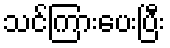
သင်ကြားပေးပြီး